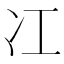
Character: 冮